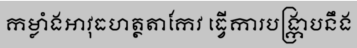
កម្លាំងអាវុធហត្ថតាកែវ ធ្វើការបង្ក្រាបនឹង